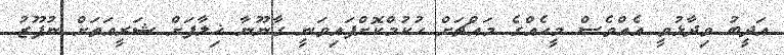
އަދީބު ވިދާޅުވީ އެއްވެސް މީހެއްގެ މައްޗަށް ހުކުމްކޮށްފައިވަނީ ގާނޫނާ ޚިލާފަށް ޝަރީއަތަށް ނުފޫޒު